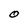
Character: O